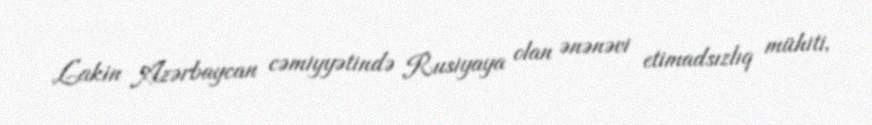
Lakin Azərbaycan cəmiyyətində Rusiyaya olan ənənəvi etimadsızlıq mühiti,